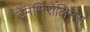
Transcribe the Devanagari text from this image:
टेमसिरोलिमस